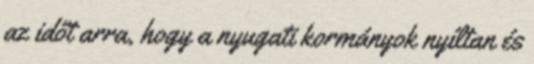
az időt arra, hogy a nyugati kormányok nyíltan és